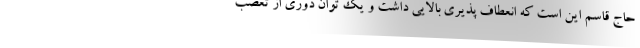
حاج قاسم این است که انعطاف پذیری بالایی داشت و یک توان دوری از تعصب